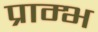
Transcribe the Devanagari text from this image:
प्राम्‍भ